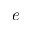
e